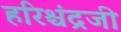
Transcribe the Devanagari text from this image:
हरिश्चंद्रजी